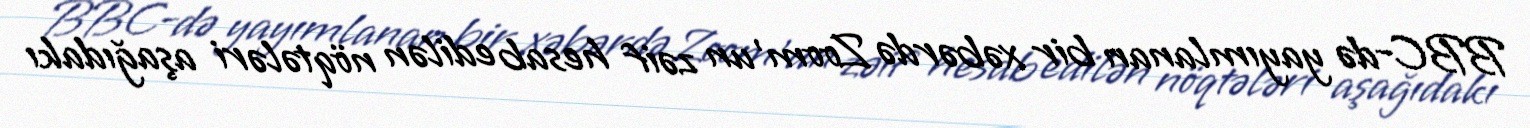
BBC-də yayımlanan bir xəbərdə Zoom'un zəif hesab edilən nöqtələri aşağıdakı